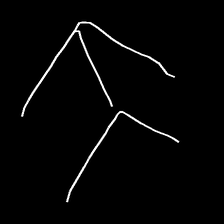
Glyph: gather